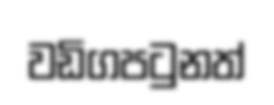
වඩිගපටුනත්